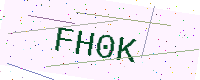
Text: FH0K